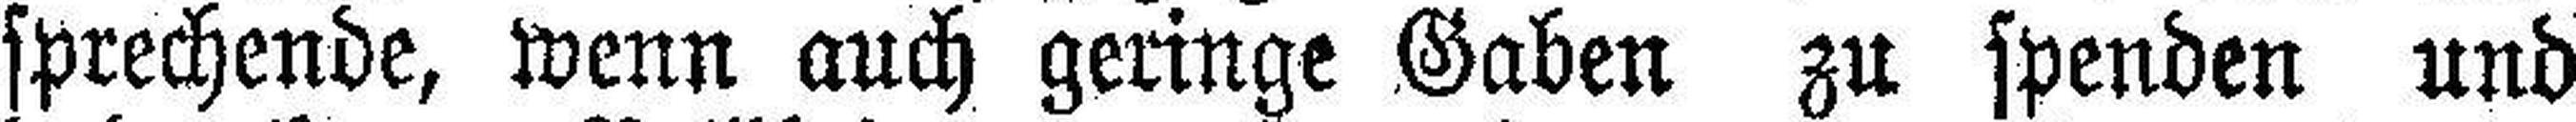
sprechende, wenn auch geringe Gaben zu spenden und